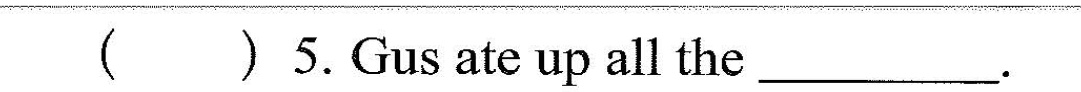
( )5.Cius ar up all the ___